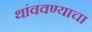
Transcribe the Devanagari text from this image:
थांववण्याचा